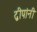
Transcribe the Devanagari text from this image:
द्वीपांनी